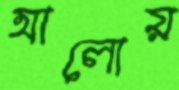
আলোয়